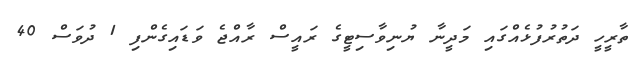
ތާރީހީ ދަތުރުފުޅެއްގައި މަދީނާ ޔުނިވާސިޓީގެ ރައީސް ރާއްޖެ ވަޑައިގެންފި 1 ދުވަސް 40